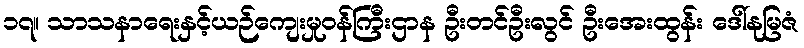
၁၇။ သာသနာရေးနှင့်ယဉ်ကျေးမှုဝန်ကြီးဌာန ဦးတင်ဦးလွင် ဦးအေးထွန်း ဒေါ်နုမြဇံ